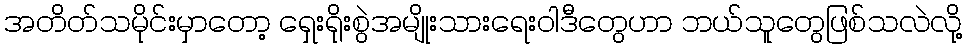
အတိတ်သမိုင်းမှာတော့ ရှေးရိုးစွဲအမျိုးသားရေးဝါဒီတွေဟာ ဘယ်သူတွေဖြစ်သလဲလို့